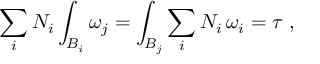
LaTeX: \sum _ { i } N _ { i } \int _ { B _ { i } } \omega _ { j } = \int _ { B _ { j } } \sum _ { i } N _ { i } \, \omega _ { i } = \tau \ ,